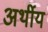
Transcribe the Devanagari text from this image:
अर्थीय